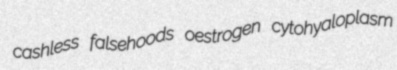
cashless falsehoods oestrogen cytohyaloplasm